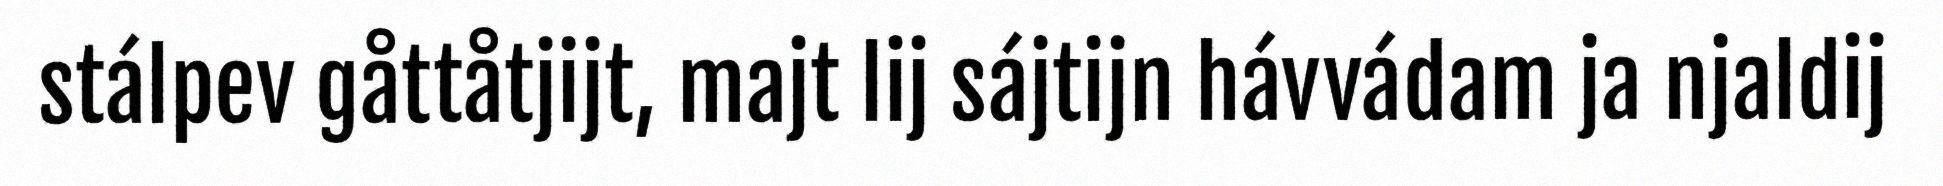
stálpev gåttåtjijt, majt lij sájtijn hávvádam ja njaldij